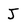
Character: J